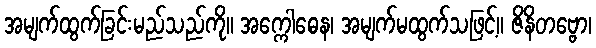
အမျက်ထွက်ခြင်းမည်သည်ကို။ အက္ကေါဓေန၊ အမျက်မထွက်သဖြင့်။ ဇိနိတဗ္ဗော၊